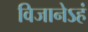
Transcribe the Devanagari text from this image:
विजानेऽहं